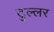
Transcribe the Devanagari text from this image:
टुल्लर